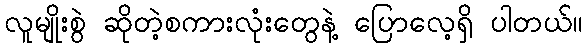
လူမျိုးစွဲ ဆိုတဲ့စကားလုံးတွေနဲ့ ပြောလေ့ရှိ ပါတယ်။